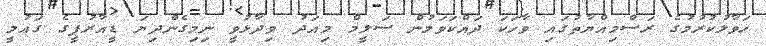
ހަވާލުކުރުމުގެ ރަސްމިއްޔާތުގައި ވާހަކަ ދައްކަވަމުން ސަލީމް މިއަދު ވިދާޅުވީ ނިމިގެންދިޔަ ޑީއާރުޕީގެ ގައުމީ